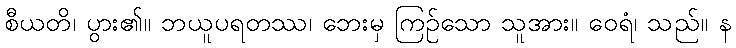
စီယတိ၊ ပွား၏။ ဘယူပရတဿ၊ ဘေးမှ ကြဉ်သော သူအား။ ဝေရံ၊ သည်။ န